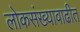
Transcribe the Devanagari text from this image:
लोकसंख्यावाढीत